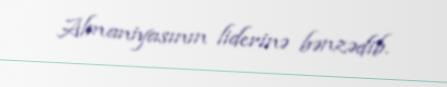
Almaniyasının liderinə bənzədib.